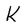
Character: K